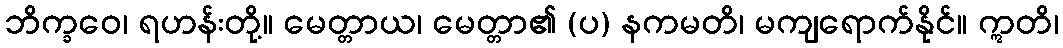
ဘိက္ခဝေ၊ ရဟန်းတို့။ မေတ္တာယ၊ မေတ္တာ၏ (ပ) နကမတိ၊ မကျရောက်နိုင်။ ဣတိ၊